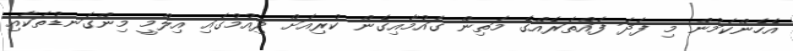
އެހެންކަމުން މި ފަދަ ފައްތަރެއްގެ މަތިން ގައުމާއިގެން ކުރިއަށް ދިއުމުގައި އިލްމީ މިންގަނޑުތަކާއި